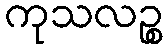
ကုသလဉ္စ